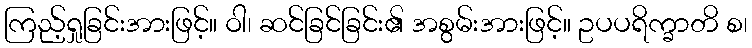
ကြည့်ရှုခြင်းအားဖြင့်။ ဝါ၊ ဆင်ခြင်ခြင်း၏ အစွမ်းအားဖြင့်။ ဥပပရိက္ခာတိ စ၊